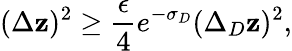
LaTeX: (\Delta\mathbf{z})^{2}\ge{\frac{{\epsilon}}{{4}}}e^{-\sigma_{D}}(\Delta_{D}\mathbf{z})^{2},